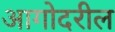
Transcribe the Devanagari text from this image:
आगोदरील